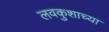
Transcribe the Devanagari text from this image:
लवकुशाच्या